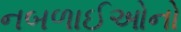
નબળાઈઓનો